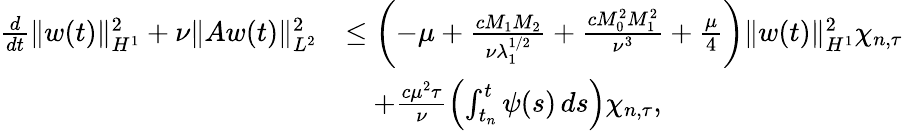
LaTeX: \begin{array}{rl}{\frac{d}{dt}\| w(t)\| _{H^{1}}^{2}+\nu\| Aw(t)\| _{L^{2}}^{2}}&{\leq\left(-\mu+\frac{cM_{1}M_{2}}{\nu\lambda_{1}^{1/2}}+\frac{cM_{0}^{2}M_{1}^{2}}{\nu^{3}}+\frac{\mu}{4}\right)\| w(t)\| _{H^{1}}^{2}\chi_{n,\tau}}\\ &{\quad+\frac{c\mu^{2}\tau}{\nu}\left(\int_{t_{n}}^{t}\psi(s)\, ds\right)\chi_{n,\tau},}\end{array}